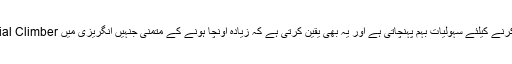
ریاست ایک سسٹم کے ذریعے انہیں نمایاں مقام حاصل کرنے کیلئے سہولیات بہم پہنچاتی ہے اور یہ بھی یقین کرتی ہے کہ زیادہ اونچا ہونے کے متمنی جنہیں انگریزی میں Social Climberکہتے ہیں دوسروں کے سروں پر سوار نہ ہو پائیں۔